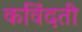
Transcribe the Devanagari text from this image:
कविंदती